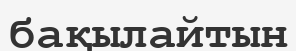
бақылайтын